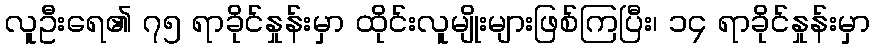
လူဦးရေ၏ ၇၅ ရာခိုင်နှုန်းမှာ ထိုင်းလူမျိုးများဖြစ်ကြပြီး၊ ၁၄ ရာခိုင်နှုန်းမှာ